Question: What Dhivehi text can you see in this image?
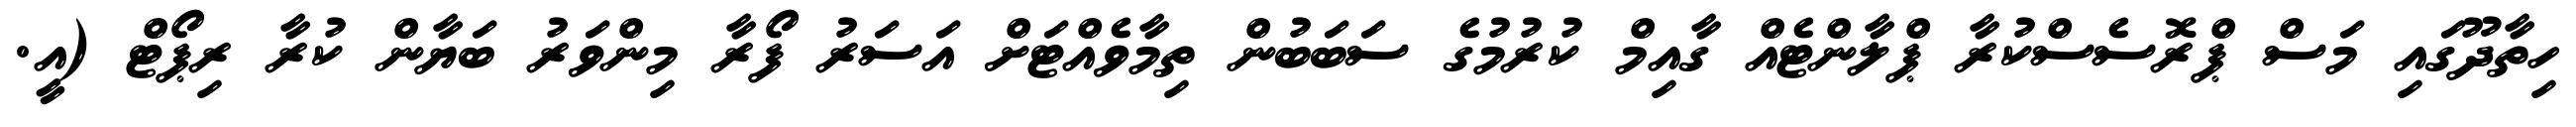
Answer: ހިތާދޫގައި މަސް ޕްރޮސެސްކުރާ ޕްލާންޓެއް ގާއިމް ކުރުމުގެ ސަބަބުން ތިމާވެއްޓަށް އަސަރު ފޯރާ މިންވަރު ބަޔާން ކުރާ ރިޕޯޓް (އީ.